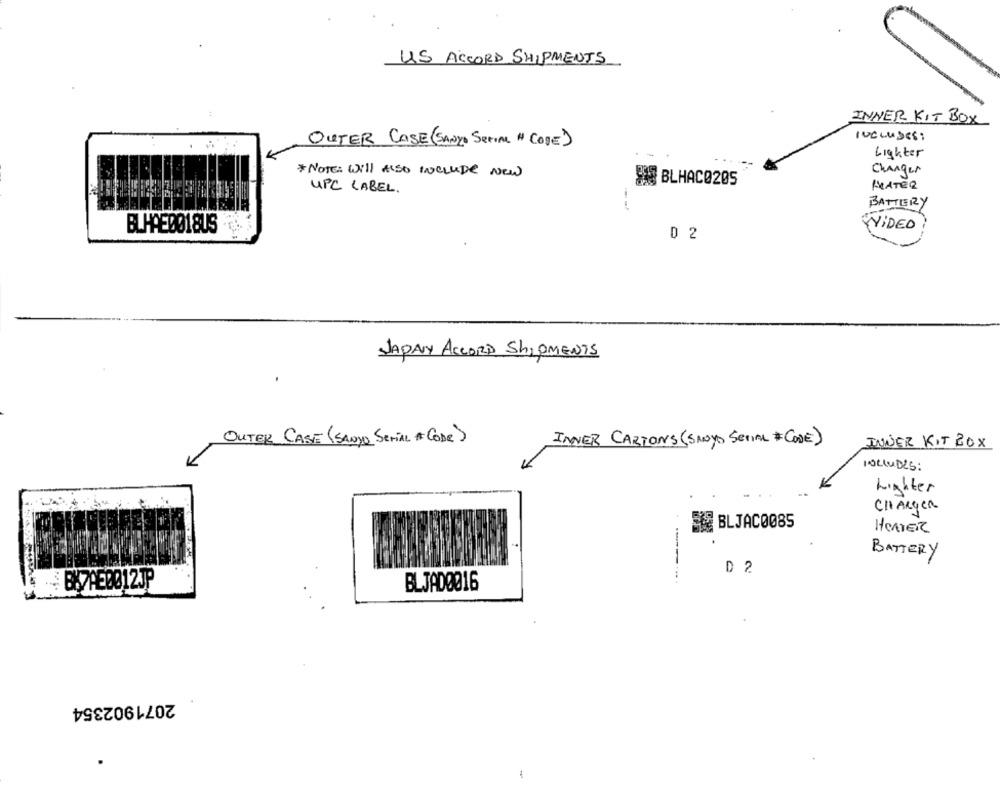
US ACCORD SHIPMENTS
INNER KIT BOX
OUTER CASE (SANYO SEFIM " COSE)
INCLUDES:
Lighter
* NOTE: will ALSO INCLUDE NEW
Changer
# BLHAC0205
UPC LABEL .
PRATER
BATTERY
BLHAEDO18US
WVIDEO
D 2
JAPAN ACCORD SHIPMENTS
OUTER CASE (SANJO SeriAL #CODE)
INNER CARTONS(SANYO SERIAL #CODE)
INNER KIT BOX
INCLUDES:
Lighter
CHARGER
BLJAC0085
HEATER
BATTERY
D 2
BLJAD0016
2071902354